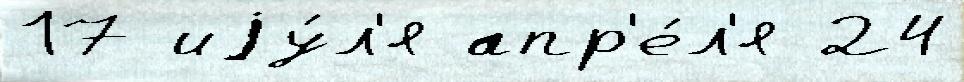
17 иjу́л'я апр'е́л'я 24